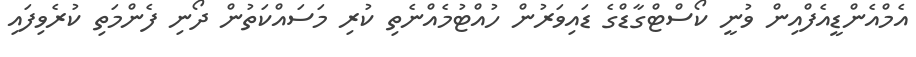
އެމްއެންޑީއެފްއިން ވުނީ ކޯސްޓްގާޑްގެ ޑައިވަރުން ހުއްޓުމެއްނެތި ކުރި މަސައްކަތުން ދޯނި ފެންމަތި ކުރެވިފައި